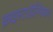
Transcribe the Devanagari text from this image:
क्राइस्टाडेल्फियन